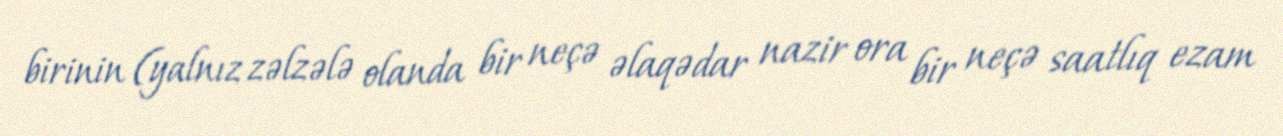
birinin (yalnız zəlzələ olanda bir neçə əlaqədar nazir ora bir neçə saatlıq ezam